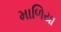
માળિયા